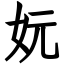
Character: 妧